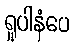
ရူပါနံပေ